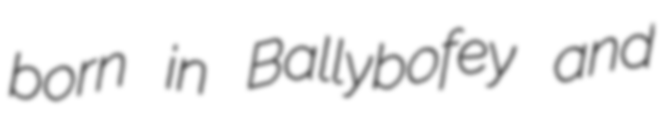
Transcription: born in Ballybofey and